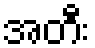
အတီး